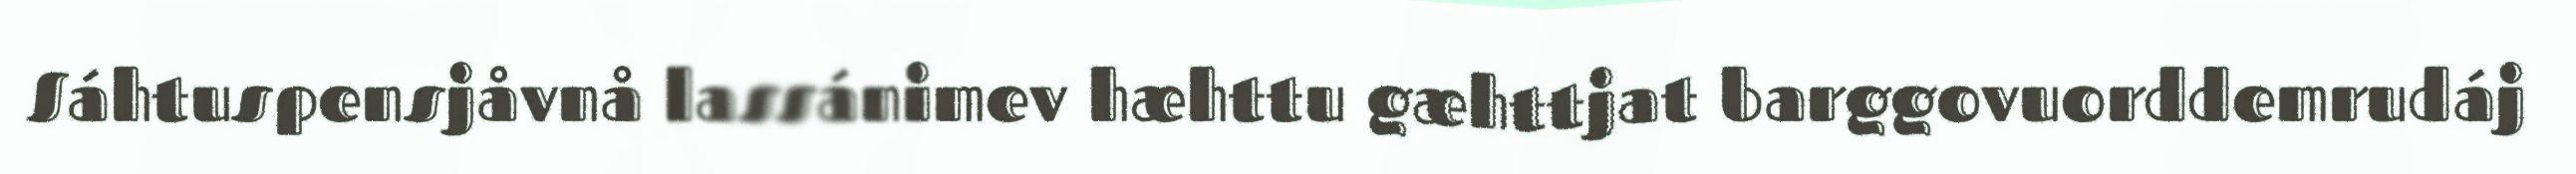
Sáhtuspensjåvnå lassánimev hæhttu gæhttjat barggovuorddemrudáj